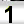
Digit: 1